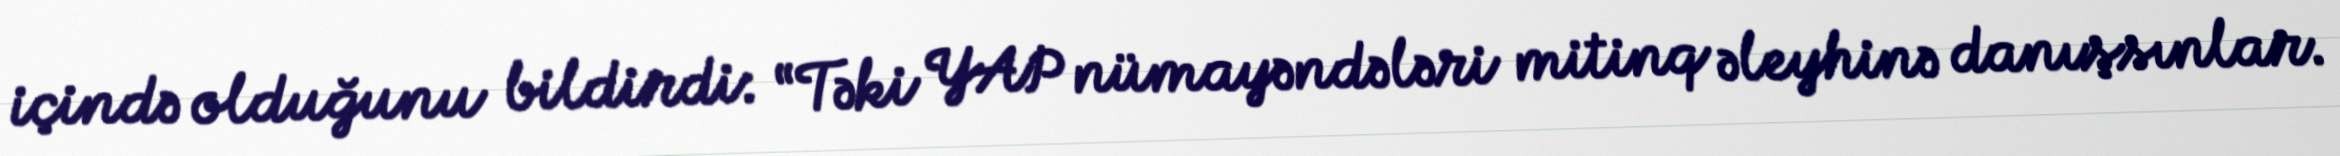
içində olduğunu bildirdi: “Təki YAP nümayəndələri mitinq əleyhinə danışsınlar.